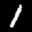
Label: 1